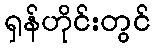
ရှန်ဟိုင်းတွင်